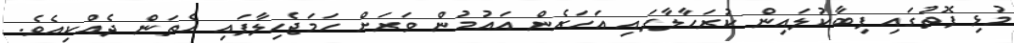
މުޅި ފޮތުގައި ފިބާކުލައިން ކުރަހާލާފައި އަހަރެން އައުމުން ވަރަށް ހަމަޖެހިލާފައި އެތަން ދެއްކިއެވެ.